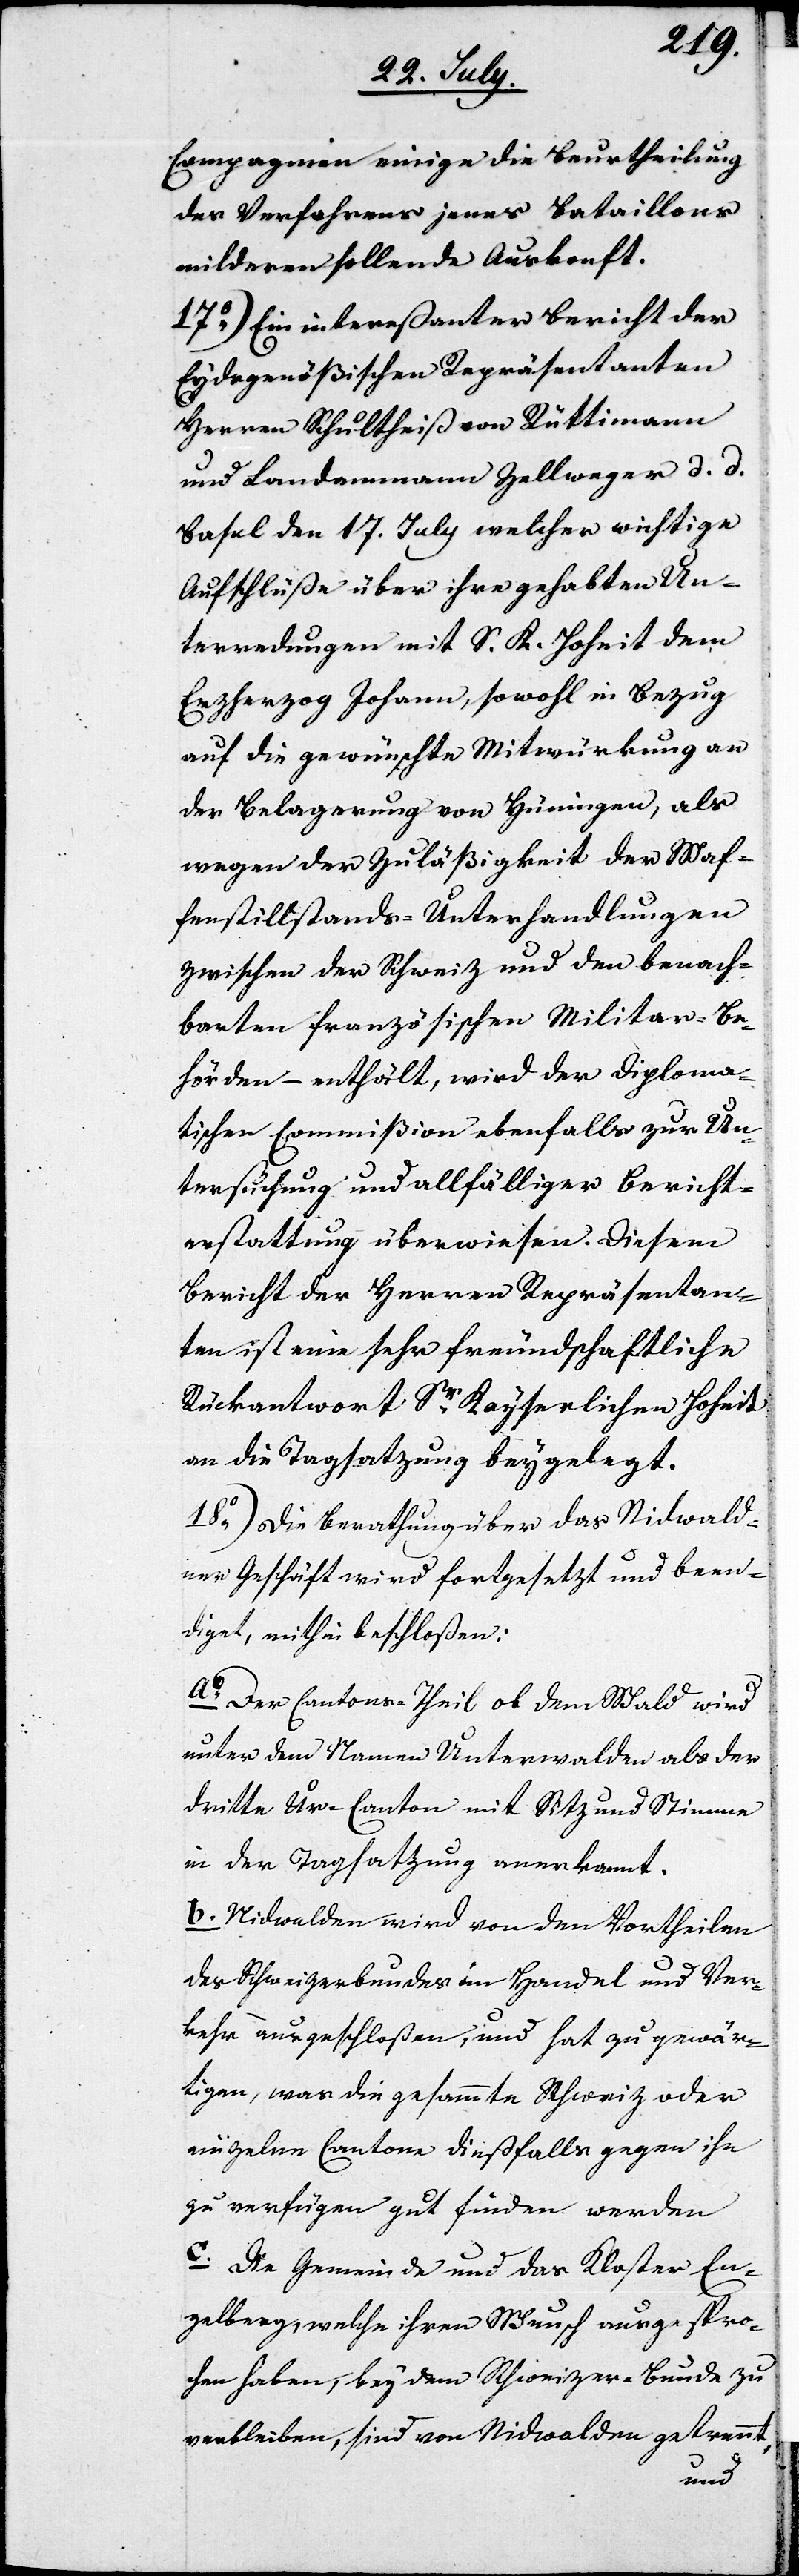
Compagnien einige die Beurtheilung
des Verfahrens jenes Bataillons
milderen sollende Auskonft.
17.) Ein intereßanter Bericht der
Eydgenößischen Repräsentanten
Herr Schultheiß von Rüttimann
und Landammann Zellweger d. d.
Basel den 17ten July welcher wichtige
Aufschlüße über ihre gehabten Un¬
terredungen mit S. K. Hoheit dem
Erzherzog Johann, sowohl in Bezug
auf die gewünschte Mitwürkung an
der Belagerung von Hüningen, als
wegen der Zuläßigkeit der Waf¬
fenstillstands-Unterhandlungen
zwischen der Schweiz und den benach¬
barten französischen Militar-Be¬
hörden – enthält, wird der Diploma¬
tischen Commißion ebenfalls zur Un¬
tersuchung und allfälliger Bericht¬
erstattung überwiesen. Diesem
Bericht der Herren Repräsentan¬
ten ist eine sehr freundschaftliche
Rückantwort Sr. Kayserlichen Hoheit
an die Tagsatzung beygelegt.
18.) Die Berathung über das Nidwald¬
ner Geschäft wird fortgesetzt und been¬
diget, mithin beschloßen:
a. Der Cantonstheil ob dem Wald wird
unter dem Namen Unterwalden als der
dritte Ur-Canton mit Sitz und Stimme
in der Tagsatzung anerkannt.
b. Nidwalden wird von den Vortheilen
des Schweizerbundes im Handel und Ver¬
kehr ausgeschloßen, und hat zu gewär¬
tigen, was die gesammte Schweiz oder
einzelne Cantone dießfalls gegen ihn
zu verfügen gut finden werden.
c. Die Gemeinde und das Kloster En¬
gelberg, welche ihren Wunsch ausgespro¬
chen haben, bey dem Schweizer-Bunde zu
verbleiben, sind von Nidwalden getrennt,